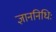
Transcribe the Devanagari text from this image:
ज्ञाननिधिः